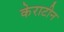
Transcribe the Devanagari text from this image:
केराटीन